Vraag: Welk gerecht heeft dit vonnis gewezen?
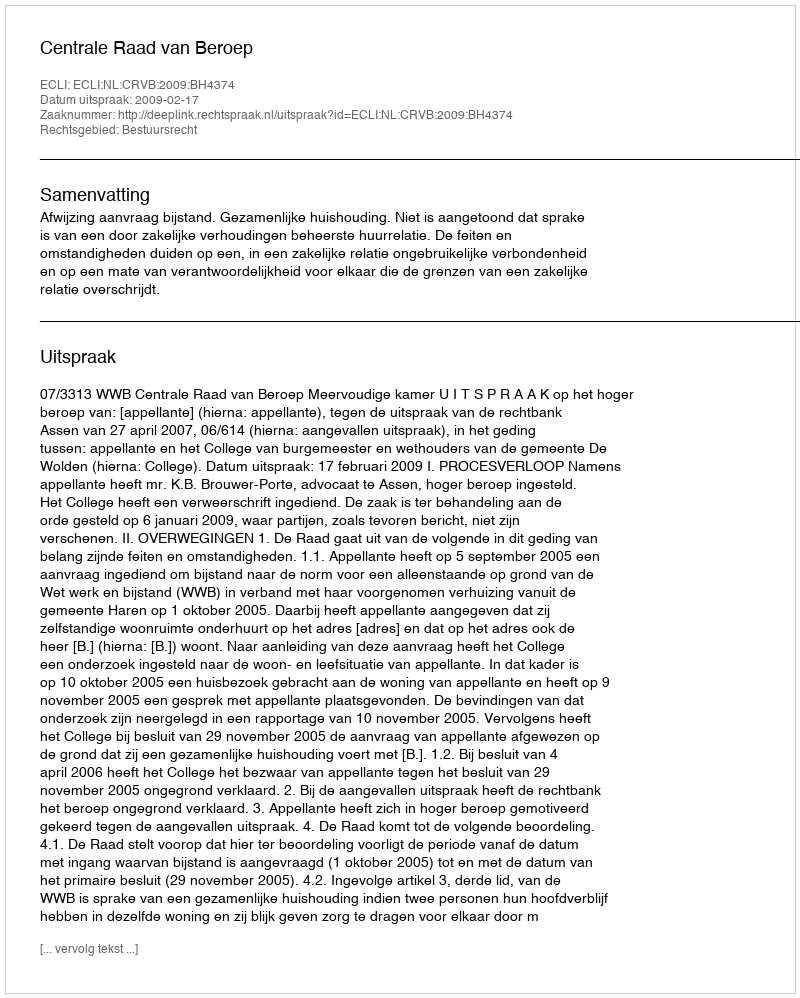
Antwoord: Centrale Raad van Beroep